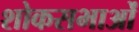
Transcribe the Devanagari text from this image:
शोकसभाओं